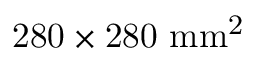
\mathrm { 2 8 0 \times 2 8 0 ~ m m ^ { 2 } }